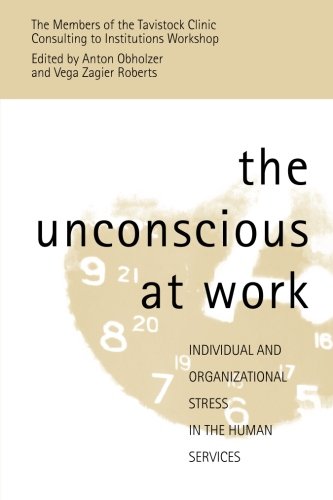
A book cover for The Unconscious at Work: Individual and Organizational Stress in the Human Services; Medical Books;